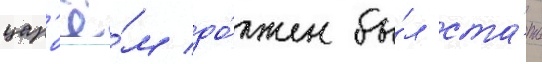
цар'ё́м до́лжен бы́л ста́ть